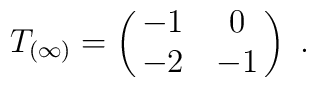
T_{(\infty)}= \pmatrix{-1&0\cr -2&-1} \ .